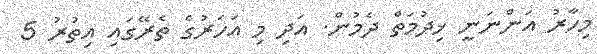
މިހާރު އަންނަނީ ޚިދުމަތް ދެމުން. އަދި މި އަހަރުގެ ތެރޭގައި އިތުރު 5